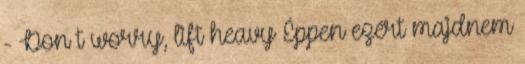
- Don t worry, lift heavy Éppen ezért majdnem